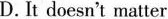
D. It doesn't matter